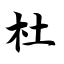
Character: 杜